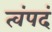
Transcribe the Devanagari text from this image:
त्वंपदं